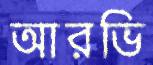
আরভি